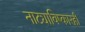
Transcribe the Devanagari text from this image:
नाट्याविष्कारही